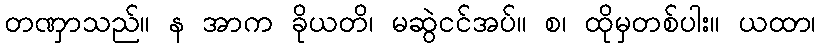
တဏှာသည်။ န အာက ခိုယတိ၊ မဆွဲငင်အပ်။ စ၊ ထိုမှတစ်ပါး။ ယထာ၊